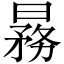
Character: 𬁒